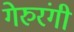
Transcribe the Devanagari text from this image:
गेरुरंगी